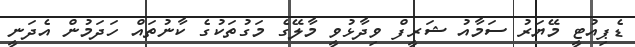
ޑެޕިއުޓީ މޭޔަރު ސަމާއު ޝަރީފް ވިދާޅުވީ މާލޭގެ މަގުތަކުގެ ކާނުތައް ހަދަމުން އެދަނީ